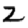
Digit: 2